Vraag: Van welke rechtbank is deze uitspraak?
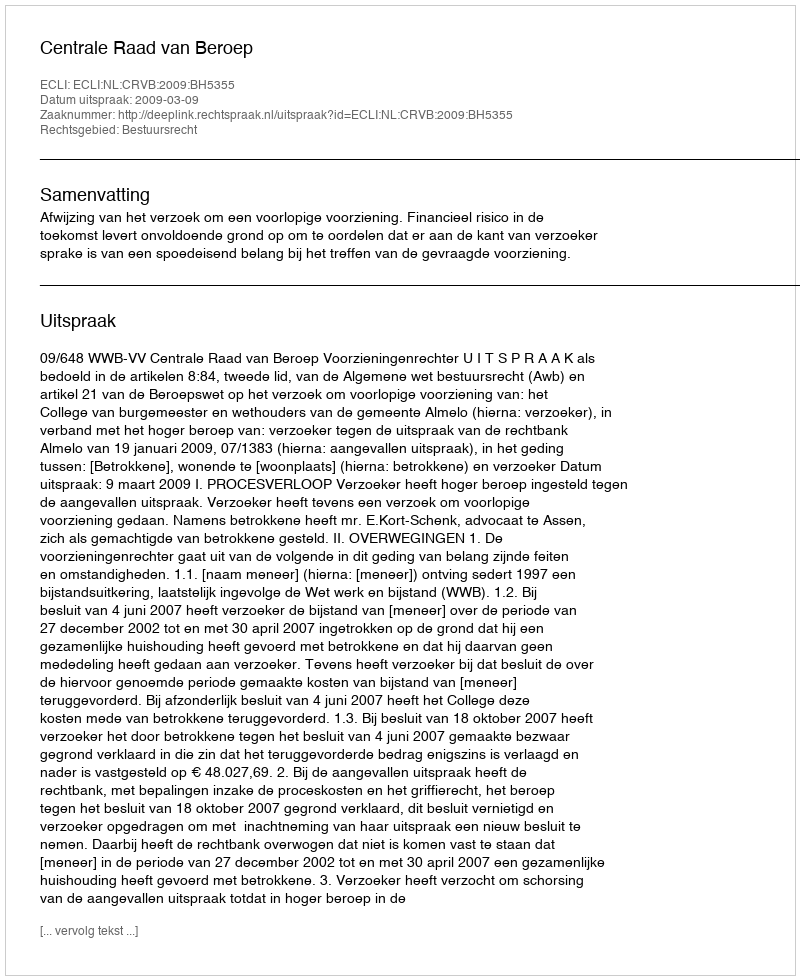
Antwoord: Centrale Raad van Beroep